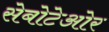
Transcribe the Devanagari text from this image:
सेबोटेओर